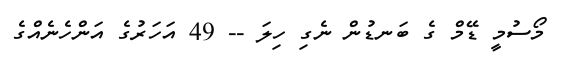
މޯސުމީ ޑޭމް ގެ ބަނޑުން ނެގި ހިލަ -- 49 އަހަރުގެ އަންހެނެއްގެ